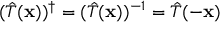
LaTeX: ( { \hat { T } } ( \mathbf { x } ) ) ^ { \dagger } = ( { \hat { T } } ( \mathbf { x } ) ) ^ { - 1 } = { \hat { T } } ( - \mathbf { x } )